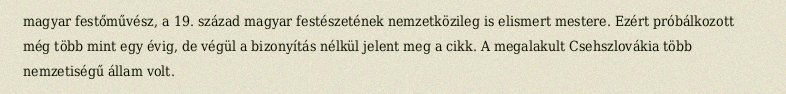
magyar festőművész, a 19. század magyar festészetének nemzetközileg is elismert mestere. Ezért próbálkozott még több mint egy évig, de végül a bizonyítás nélkül jelent meg a cikk. A megalakult Csehszlovákia több nemzetiségű állam volt.